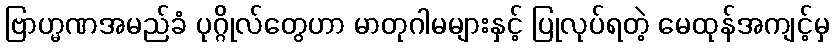
ဗြာဟ္မဏအမည်ခံ ပုဂ္ဂိုလ်တွေဟာ မာတုဂါမများနှင့် ပြုလုပ်ရတဲ့ မေထုန်အကျင့်မှ